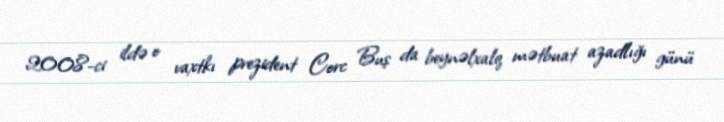
2008-ci ildə o vaxtkı prezident Corc Buş da beynəlxalq mətbuat azadlığı günü